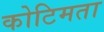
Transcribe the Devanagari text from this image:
कोटिमता